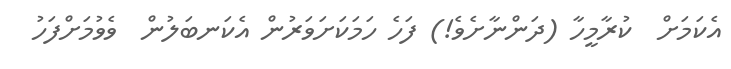
އެކަމަށް  ކުރާމީހާ (ދަންނާށެވެ!) ފަހެ ހަމަކަށަވަރުން އެކަނބަލުން  ވެވުމަށްފަހު